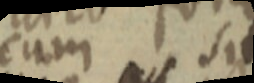
cum sit